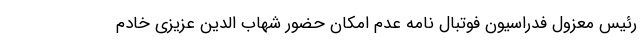
رئیس معزول فدراسیون فوتبال نامه عدم امکان حضور شهاب الدین عزیزی خادم